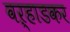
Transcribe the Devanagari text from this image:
वऱ्हाडकर